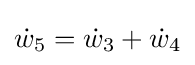
{\dot {w}}_{5}={\dot {w}}_{3}+{\dot {w}}_{4}